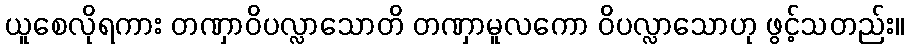
ယူစေလိုရကား တဏှာဝိပလ္လာသောတိ တဏှာမူလကော ဝိပလ္လာသောဟု ဖွင့်သတည်း။